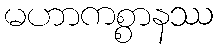
မဟာကစ္စာနဿ